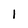
Character: 1